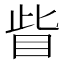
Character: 眥